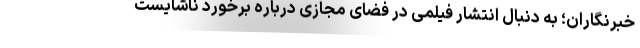
خبرنگاران؛ به دنبال انتشار فیلمی در فضای مجازی درباره برخورد ناشایست